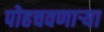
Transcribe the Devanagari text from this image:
पोहचवणाऱ्या